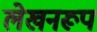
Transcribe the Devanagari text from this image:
लेखनरूप